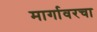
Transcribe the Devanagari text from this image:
मार्गावरचा